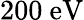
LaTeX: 200~\mathrm{eV}